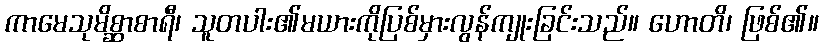
ကာမေသုမိစ္ဆာစာရီ၊ သူတပါး၏မယားကိုပြစ်မှားလွန်ကျုးခြင်းသည်။ ဟောတိ၊ ဖြစ်၏။